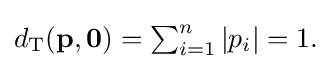
{\textstyle d_{\text{T}}(\mathbf {p} ,\mathbf {0} )=\sum _{i=1}^{n}|p_{i}|=1.}